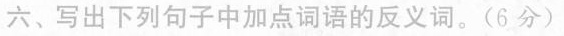
六、写出下列句子中加点词语的反义词。（6分）